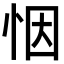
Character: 𢙫